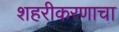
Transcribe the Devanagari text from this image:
शहरीकरणाचा